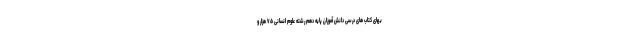
بهای کتاب های درسی دانش آموزان پایه دهم رشته علوم انسانی ۷۵ هزار و